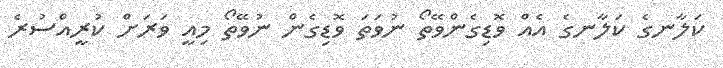
ކަލާނގެ ކަލާނގެ އެއް ވޮޑިގެންވޭތޯ ނުވަތަ ވޮޑިގެން ނުވޭތޯ މިއީ ވަރަށް ކުރީއްސުރެ